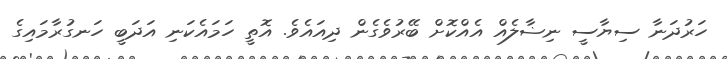
ހަރުދަނާ ސިޔާސީ ނިޟާލެއް އެއްކޮށް ބޭރުވެގެން ދިއައެވެ. އޮތީ ހަމައެކަނި އަދަބީ ހަނގުރާމައިގެ